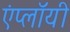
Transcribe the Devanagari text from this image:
एंप्लॉयी